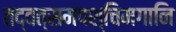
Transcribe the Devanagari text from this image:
तद्वत्समपश्चिमगानि